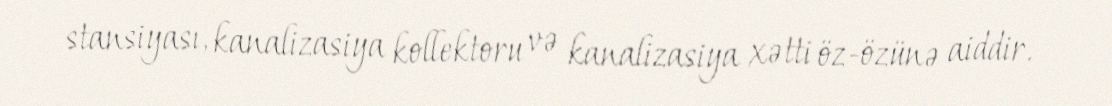
stansiyası, kanalizasiya kollektoru və kanalizasiya xətti öz-özünə aiddir.